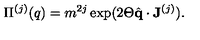
\Pi ^ { ( j ) } ( q ) = m ^ { 2 j } \exp ( 2 \Theta \hat { \bf q } \cdot { \bf J } ^ { ( j ) } ) .